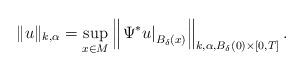
LaTeX: \begin{align*}\|u\|_{k,\alpha} = \sup_{x \in M} \left\| \left. \Psi^* u \right|_{B_\delta (x)} \right\|_{k,\alpha,B_\delta(0)\times[0,T]}.\end{align*}